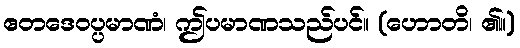
ဧတဒေဝပ္ပမာဏံ၊ ဤပမာဏသည်ပင်။ (ဟောတိ၊ ၏။)